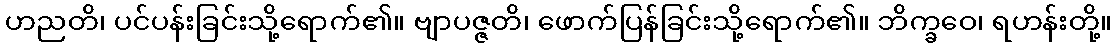
ဟညတိ၊ ပင်ပန်းခြင်းသို့ရောက်၏။ ဗျာပဇ္ဇတိ၊ ဖောက်ပြန်ခြင်းသို့ရောက်၏။ ဘိက္ခဝေ၊ ရဟန်းတို့။